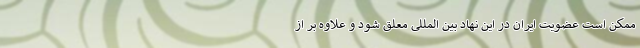
ممکن است عضویت ایران در این نهاد بین المللی معلق شود و علاوه بر از